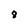
Character: 8